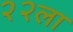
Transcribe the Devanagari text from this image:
२२ला